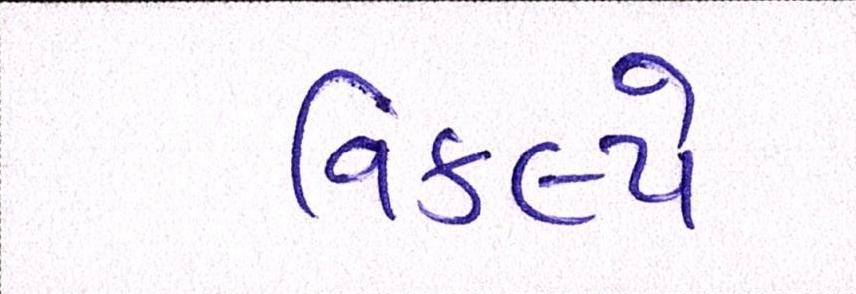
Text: વિકલ્પે